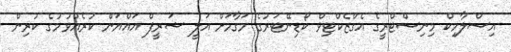
އިސްލާމިކް މިނިސްޓްރީގެ އެގްޒެކްޓިވް ކޯޑިނޭޓަރުގެ މަގާމަށް އަލީ ޝަރީފް އައްޔަން ކުރެއްވުމުގެ ކުރިން